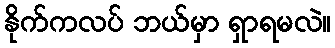
နိုက်ကလပ် ဘယ်မှာ ရှာရမလဲ။